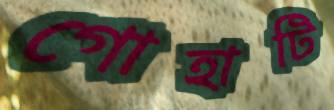
গোহাটি